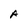
Character: A